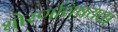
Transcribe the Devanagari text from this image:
धोरणविषयक